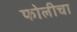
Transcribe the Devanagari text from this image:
फोलीचा